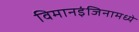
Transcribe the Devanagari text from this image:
विमानइंजिनामध्ये